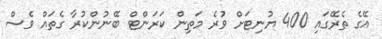
އޭގެ ތެރޭގައި 400 ޔުނިޓަށް ވުރެ މަތިން ކަރަންޓް ބޭނުންކުރާ ގެތައް ވެސް